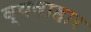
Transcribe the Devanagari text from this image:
व्यवाहार